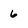
Character: 6